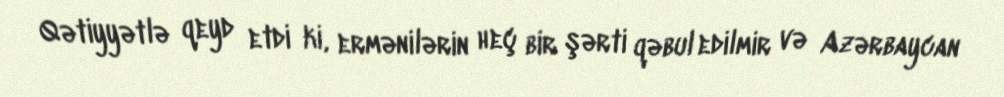
Qətiyyətlə qeyd etdi ki, ermənilərin heç bir şərti qəbul edilmir və Azərbaycan